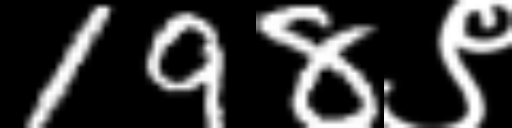
Text: 198९